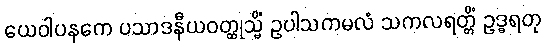
ယေဝါပနကေ ပသာဒနီယဝတ္ထုသ္မိံ ဥပါသကမလံ သကလရတ္တိံ ဥဒ္ဓရတု